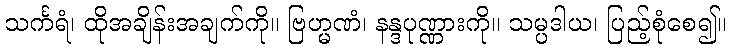
သင်္ကရံ၊ ထိုအချိန်းအချက်ကို။ ဗြဟ္မဏံ၊ နန္ဒပုဏ္ဏားကို။ သမ္ပဒါယ၊ ပြည့်စုံစေ၍။